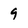
Character: 9